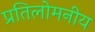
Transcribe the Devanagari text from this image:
प्रतिलोमनीय